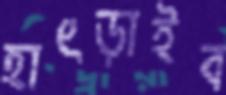
হাৎড়াইব